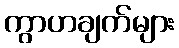
ကွာဟချက်များ